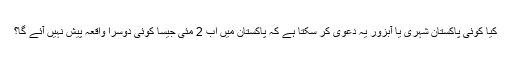
کیا کوئی پاکستان شہری یا آبزور یہ دعوی کر سکتا ہے کہ پاکستان میں اب 2 مئی جیسا کوئی دوسرا واقعہ پیش نہیں آئے گا؟